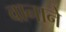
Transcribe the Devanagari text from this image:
वानाने